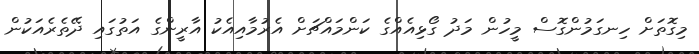
މިގޮތަށް ހިނގަމުންގޮސް މީހުން މަދު ގޯޅިއެއްގެ ކަންމައްޗަށް އެރުމާއިއެކު އާރީންގެ އަތުގައި ދޭތެރެއަކުން